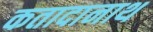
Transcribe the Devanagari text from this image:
कतादानाथ